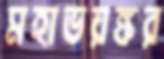
মহাভয়ঙ্কর